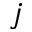
j